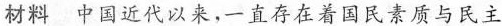
材料 中国近代以来，直存在着国民素质与民主